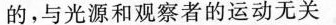
的，与光源和观察者的运动无关